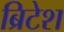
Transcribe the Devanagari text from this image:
ब्रिटेश